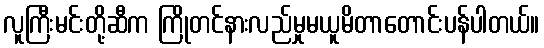
လူကြီးမင်းတို့ဆီက ကြိုတင်နားလည်မှုမယူမိတာတောင်းပန်ပါတယ်။